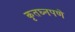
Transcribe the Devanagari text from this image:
कृतघ्नपणे